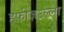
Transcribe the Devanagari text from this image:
हफ़ीज़उल्ला